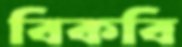
বিকবি